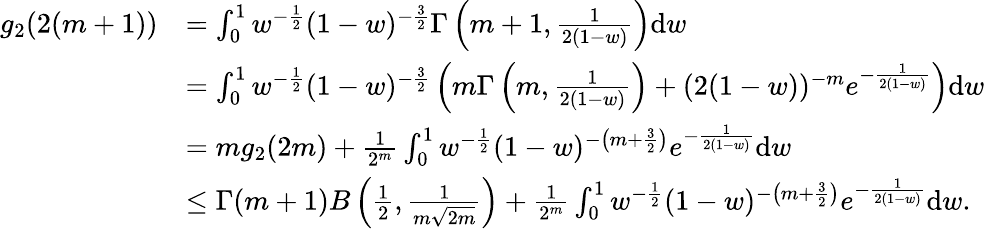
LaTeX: \begin{array}{rl}{g_{2}(2(m+1))}&{=\int_{0}^{1}w^{-\frac{1}{2}}(1-w)^{-\frac{3}{2}}\Gamma\left(m+1,\frac{1}{2(1-w)}\right)\mathrm{d}w}\\ &{=\int_{0}^{1}w^{-\frac{1}{2}}(1-w)^{-\frac{3}{2}}\left(m\Gamma\left(m,\frac{1}{2(1-w)}\right)+(2(1-w))^{-m}e^{-\frac{1}{2(1-w)}}\right)\mathrm{d}w}\\ &{=mg_{2}(2m)+\frac{1}{2^{m}}\int_{0}^{1}w^{-\frac{1}{2}}(1-w)^{-\left(m+\frac{3}{2}\right)}e^{-\frac{1}{2(1-w)}}\mathrm{d}w}\\ &{\leq\Gamma(m+1)B\left(\frac{1}{2},\frac{1}{m\sqrt{2m}}\right)+\frac{1}{2^{m}}\int_{0}^{1}w^{-\frac{1}{2}}(1-w)^{-\left(m+\frac{3}{2}\right)}e^{-\frac{1}{2(1-w)}}\mathrm{d}w.}\end{array}